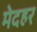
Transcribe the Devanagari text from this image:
मेदहर